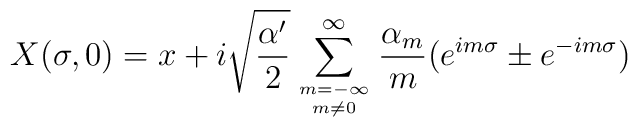
X(\sigma,0) = x + i\sqrt{\frac{\alpha'}{2} } \sum_{ { m={-\infty} }\atop {m \neq 0} }^\infty\frac{\alpha_m}{m} ( e^{im\sigma} \pm e^{-im\sigma} )